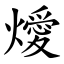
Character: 燰